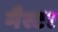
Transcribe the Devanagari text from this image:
मैस्टर